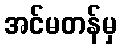
အင်မတန်မှ